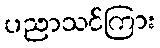
ပညာသင်ကြား